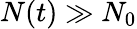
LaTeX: N(t)\gg N_{0}